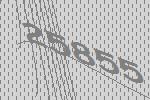
25855